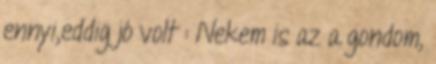
ennyi,eddig jó volt : Nekem is az a gondom,